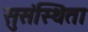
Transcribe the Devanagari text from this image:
सुसंस्थिता